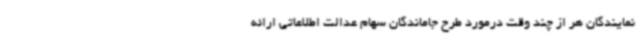
نمایندگان هر از چند وقت درمورد طرح جاماندگان سهام عدالت اطلاعاتی ارائه